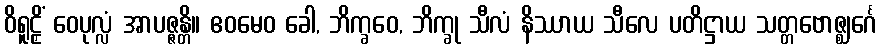
ဝိရူဠှိံ ဝေပုလ္လံ အာပဇ္ဇန္တိ။ ဧဝမေဝ ခေါ, ဘိက္ခဝေ, ဘိက္ခု သီလံ နိဿာယ သီလေ ပတိဋ္ဌာယ သတ္တဗောဇ္ဈင်္ဂေ